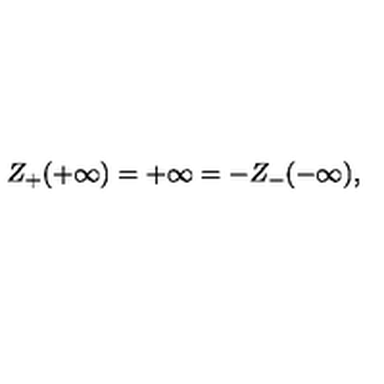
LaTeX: Z _ { + } ( + \infty ) = + \infty = - Z _ { - } ( - \infty ) ,